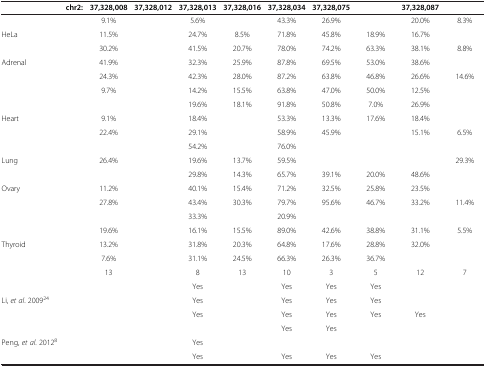
<table><thead><tr><td><b>chr2:</b></td><td><b>37,328,008</b></td><td><b>37,328,012</b></td><td><b>37,328,013</b></td><td><b>37,328,016</b></td><td><b>37,328,034</b></td><td><b>37,328,075</b></td><td>[EMPTY_CELL]</td><td><b>37,328,087</b></td><td>[EMPTY_CELL]</td></tr></thead><tbody><tr><td>[EMPTY_CELL]</td><td>9.1%</td><td>[EMPTY_CELL]</td><td>5.6%</td><td>[EMPTY_CELL]</td><td>43.3%</td><td>26.9%</td><td>[EMPTY_CELL]</td><td>20.0%</td><td>8.3%</td></tr><tr><td>HeLa</td><td>11.5%</td><td>[EMPTY_CELL]</td><td>24.7%</td><td>8.5%</td><td>71.8%</td><td>45.8%</td><td>18.9%</td><td>16.7%</td><td>[EMPTY_CELL]</td></tr><tr><td>[EMPTY_CELL]</td><td>30.2%</td><td>[EMPTY_CELL]</td><td>41.5%</td><td>20.7%</td><td>78.0%</td><td>74.2%</td><td>63.3%</td><td>38.1%</td><td>8.8%</td></tr><tr><td>Adrenal</td><td>41.9%</td><td>[EMPTY_CELL]</td><td>32.3%</td><td>25.9%</td><td>87.8%</td><td>69.5%</td><td>53.0%</td><td>38.6%</td><td>[EMPTY_CELL]</td></tr><tr><td>[EMPTY_CELL]</td><td>24.3%</td><td>[EMPTY_CELL]</td><td>42.3%</td><td>28.0%</td><td>87.2%</td><td>63.8%</td><td>46.8%</td><td>26.6%</td><td>14.6%</td></tr><tr><td>[EMPTY_CELL]</td><td>9.7%</td><td>[EMPTY_CELL]</td><td>14.2%</td><td>15.5%</td><td>63.8%</td><td>47.0%</td><td>50.0%</td><td>12.5%</td><td>[EMPTY_CELL]</td></tr><tr><td>[EMPTY_CELL]</td><td>[EMPTY_CELL]</td><td>[EMPTY_CELL]</td><td>19.6%</td><td>18.1%</td><td>91.8%</td><td>50.8%</td><td>7.0%</td><td>26.9%</td><td>[EMPTY_CELL]</td></tr><tr><td>Heart</td><td>9.1%</td><td>[EMPTY_CELL]</td><td>18.4%</td><td>[EMPTY_CELL]</td><td>53.3%</td><td>13.3%</td><td>17.6%</td><td>18.4%</td><td>[EMPTY_CELL]</td></tr><tr><td>[EMPTY_CELL]</td><td>22.4%</td><td>[EMPTY_CELL]</td><td>29.1%</td><td>[EMPTY_CELL]</td><td>58.9%</td><td>45.9%</td><td>[EMPTY_CELL]</td><td>15.1%</td><td>6.5%</td></tr><tr><td>[EMPTY_CELL]</td><td>[EMPTY_CELL]</td><td>[EMPTY_CELL]</td><td>54.2%</td><td>[EMPTY_CELL]</td><td>76.0%</td><td>[EMPTY_CELL]</td><td>[EMPTY_CELL]</td><td>[EMPTY_CELL]</td><td>[EMPTY_CELL]</td></tr><tr><td>Lung</td><td>26.4%</td><td>[EMPTY_CELL]</td><td>19.6%</td><td>13.7%</td><td>59.5%</td><td>[EMPTY_CELL]</td><td>[EMPTY_CELL]</td><td>[EMPTY_CELL]</td><td>29.3%</td></tr><tr><td>[EMPTY_CELL]</td><td>[EMPTY_CELL]</td><td>[EMPTY_CELL]</td><td>29.8%</td><td>14.3%</td><td>65.7%</td><td>39.1%</td><td>20.0%</td><td>48.6%</td><td>[EMPTY_CELL]</td></tr><tr><td>Ovary</td><td>11.2%</td><td>[EMPTY_CELL]</td><td>40.1%</td><td>15.4%</td><td>71.2%</td><td>32.5%</td><td>25.8%</td><td>23.5%</td><td>[EMPTY_CELL]</td></tr><tr><td>[EMPTY_CELL]</td><td>27.8%</td><td>[EMPTY_CELL]</td><td>43.4%</td><td>30.3%</td><td>79.7%</td><td>95.6%</td><td>46.7%</td><td>33.2%</td><td>11.4%</td></tr><tr><td>[EMPTY_CELL]</td><td>[EMPTY_CELL]</td><td>[EMPTY_CELL]</td><td>33.3%</td><td>[EMPTY_CELL]</td><td>20.9%</td><td>[EMPTY_CELL]</td><td>[EMPTY_CELL]</td><td>[EMPTY_CELL]</td><td>[EMPTY_CELL]</td></tr><tr><td>[EMPTY_CELL]</td><td>19.6%</td><td>[EMPTY_CELL]</td><td>16.1%</td><td>15.5%</td><td>89.0%</td><td>42.6%</td><td>38.8%</td><td>31.1%</td><td>5.5%</td></tr><tr><td>Thyroid</td><td>13.2%</td><td>[EMPTY_CELL]</td><td>31.8%</td><td>20.3%</td><td>64.8%</td><td>17.6%</td><td>28.8%</td><td>32.0%</td><td>[EMPTY_CELL]</td></tr><tr><td>[EMPTY_CELL]</td><td>7.6%</td><td>[EMPTY_CELL]</td><td>31.1%</td><td>24.5%</td><td>66.3%</td><td>26.3%</td><td>36.7%</td><td>[EMPTY_CELL]</td><td>[EMPTY_CELL]</td></tr><tr><td>[EMPTY_CELL]</td><td>13</td><td>[EMPTY_CELL]</td><td>8</td><td>13</td><td>10</td><td>3</td><td>5</td><td>12</td><td>7</td></tr><tr><td>[EMPTY_CELL]</td><td>[EMPTY_CELL]</td><td>[EMPTY_CELL]</td><td>Yes</td><td>[EMPTY_CELL]</td><td>Yes</td><td>Yes</td><td>Yes</td><td>[EMPTY_CELL]</td><td>[EMPTY_CELL]</td></tr><tr><td>Li, <i>et al</i>. 2009<sup>24</sup></td><td>[EMPTY_CELL]</td><td>[EMPTY_CELL]</td><td>Yes</td><td>[EMPTY_CELL]</td><td>Yes</td><td>Yes</td><td>Yes</td><td>[EMPTY_CELL]</td><td>[EMPTY_CELL]</td></tr><tr><td>[EMPTY_CELL]</td><td>[EMPTY_CELL]</td><td>[EMPTY_CELL]</td><td>Yes</td><td>[EMPTY_CELL]</td><td>Yes</td><td>Yes</td><td>Yes</td><td>Yes</td><td>[EMPTY_CELL]</td></tr><tr><td>[EMPTY_CELL]</td><td>[EMPTY_CELL]</td><td>[EMPTY_CELL]</td><td>[EMPTY_CELL]</td><td>[EMPTY_CELL]</td><td>Yes</td><td>Yes</td><td>[EMPTY_CELL]</td><td>[EMPTY_CELL]</td><td>[EMPTY_CELL]</td></tr><tr><td>Peng, <i>et al</i>. 2012<sup>8</sup></td><td>[EMPTY_CELL]</td><td>[EMPTY_CELL]</td><td>Yes</td><td>[EMPTY_CELL]</td><td>[EMPTY_CELL]</td><td>[EMPTY_CELL]</td><td>[EMPTY_CELL]</td><td>[EMPTY_CELL]</td><td>[EMPTY_CELL]</td></tr><tr><td>[EMPTY_CELL]</td><td>[EMPTY_CELL]</td><td>[EMPTY_CELL]</td><td>Yes</td><td>[EMPTY_CELL]</td><td>Yes</td><td>Yes</td><td>Yes</td><td>[EMPTY_CELL]</td><td>[EMPTY_CELL]</td></tr></tbody></table>